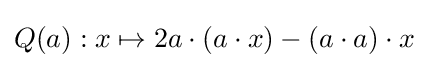
Q(a):x\mapsto 2a\cdot (a\cdot x)-(a\cdot a)\cdot x\